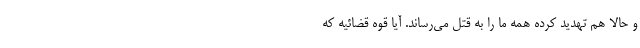
و حالا هم تهدید کرده همه ما را به قتل می‌رساند. آیا قوه قضائیه که